Insane asylums Bombay 1873-77 - 1873-1877
Year: 1873
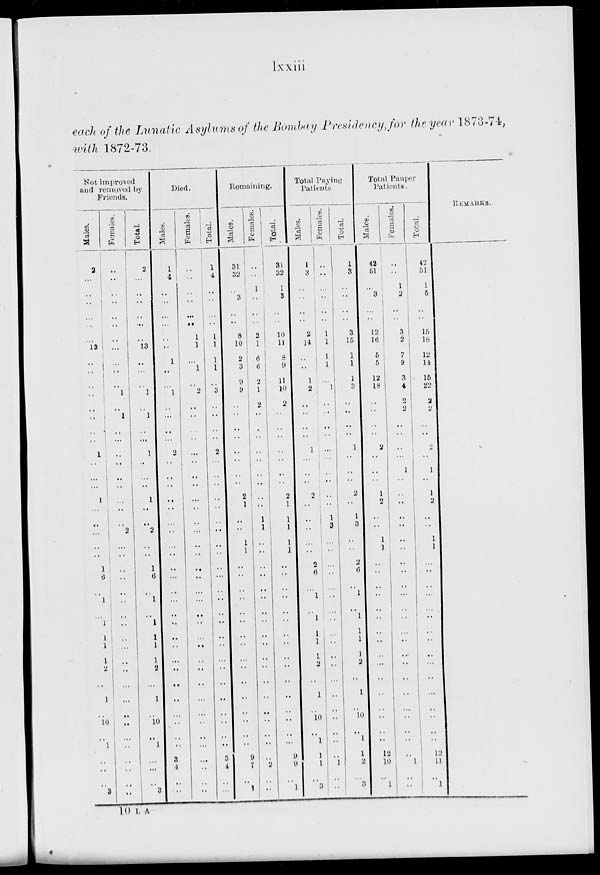
lxxiii
each of the Lunatic Asylums of the Bombay Presidency, for the year 1873-74,
with 1872-73.
Not improved
and removed by
Friends.
Males.
2
..
..
..
..
..
..
13
..
..
..
..
..
..
..
..
1
..
...
...
1
...
..
...
..
..
1
6
..
1
..
1
1
1
1
2
..
1
..
10
..
1
..
..
..
3
Females.
..
..
..
..
..
..
..
...
..
..
..
1
..
1
..
...
..
..
..
..
..
..
..
2
..
..
..
..
..
..
..
..
..
..
..
..
...
..
..
..
...
..
..
..
..
..
Total.
2
..
..
..
..
...
..
13
..
...
..
1
..
l
..
..
1
..
..
..
1
..
..
2
..
..
1
6
..
1
..
1
1
1
1
2
...
1
..
10
..
1
..
...
..
3
Died.
Males.
1
4
..
...
...
..
..
1
..
..
1
..
...
..
..
2
..
..
..
..
..
..
..
..
..
..
...
..
...
..
..
..
..
..
..
..
..
..
..
..
..
3
4
..
..
Females.
..
..
..
..
..
..
1
1
..
1
..
2
..
..
..
..
...
..
..
..
..
..
..
...
..
..
..
..
..
..
..
..
..
..
..
..
..
...
...
..
..
...
..
..
..
..
Total.
1
4
..
..
..
..
1
1
1
1
..
3
..
..
..
..
2
...
..
..
..
..
..
..
..
..
..
...
..
..
..
..
..
..
..
..
..
..
..
..
..
..
3
4
..
..
Remaining.
Males.
31
32
..
3
..
..
8
10
2
3
9
9
..
..
..
..
..
..
..
..
2
1
..
..
1
1
..
..
..
..
..
..
..
..
..
..
..
..
..
..
..
..
9
7
..
1
Females.
..
..
1
..
..
..
2
1
6
6
2
1
2
..
..
..
..
..
..
..
..
..
1
1
..
..
..
..
..
..
..
..
..
..
..
..
..
..
..
..
..
..
..
2
..
..
Total.
31
32
1
3
..
..
10
11
8
9
11
10
2
..
..
..
..
..
..
..
2
1
1
1
1
1
..
..
..
..
..
..
..
..
..
..
..
..
..
..
..
...
9
9
..
1
Total Paying
Patients.
Males.
1
3
..
..
..
..
2
14
..
..
1
2
..
..
..
..
1
..
..
..
2
..
..
..
..
..
2
6
..
l
..
1
1
1
1
2
..
1
..
10
..
1
1
1
..
3
Females.
..
..
..
..
..
..
1
1
1
1
..
l
..
..
..
..
...
..
..
..
..
..
1
3
..
..
..
..
..
..
..
..
..
..
..
..
..
..
..
..
..
..
..
1
..
..
Total.
1
3
..
..
..
..
3
15
1
1
1
3
..
..
..
..
1
..
..
..
2
..
1
3
..
..
2
6
..
1
..
1
1
1
1
2
..
1
..
10
..
1
1
2
...
3
Total Pauper
Patients.
Males.
42
51
..
3
..
..
12
16
5
5
12
18
..
..
..
..
2
..
..
..
1
2
..
..
1
1
..
..
..
..
..
..
..
..
..
...
..
..
..
..
..
..
12
10
...
1
Females.
..
..
1
2
..
..
3
2
7
9
3
4
2
2
..
..
..
..
1
..
..
..
..
..
..
..
..
..
..
...
..
..
..
..
..
..
..
..
..
..
..
..
..
1
..
..
Total.
42
51
1
5
..
..
15
18
12
14
15
22
2
2
..
..
2
..
1
..
1
2
..
..
1
1
..
..
..
..
..
..
..
..
..
...
..
..
..
..
..
..
12
11
..
1
REMARKS.
10 L A